Statistics compiled by the Government of India from the reports of provincial Civil Veterinary Departments
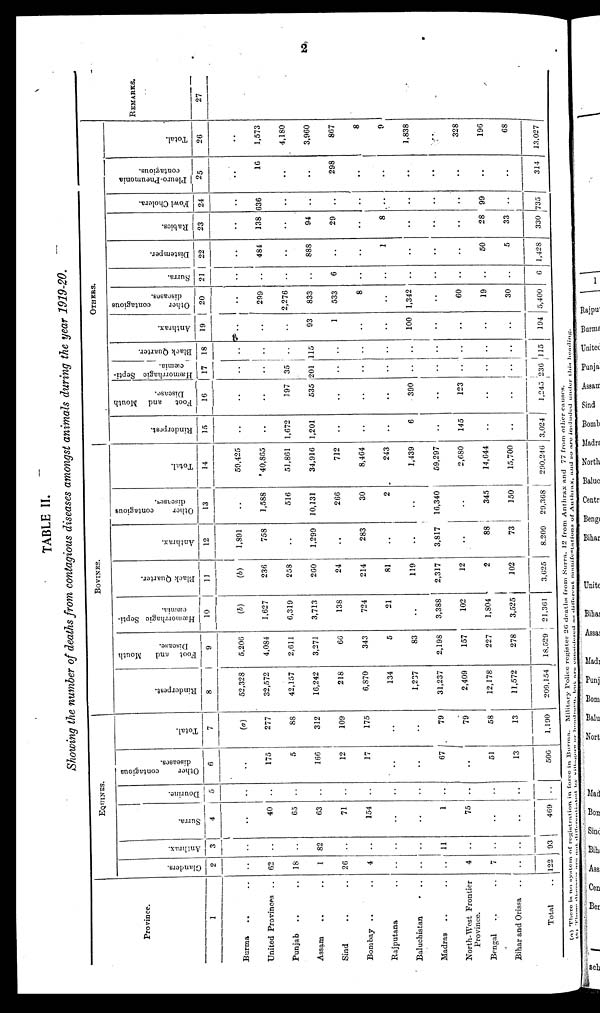
2
TABLE II.
Showing
the number
of deaths from
contagious
diseases
amongst
animals
during
the year
1919-20.
Province.
1
Burma .. ..
United Provinces ..
Punjab .. ..
Assam
.. ..
Sind .. ..
Bombay .. ..
Rajputana ..
Baluchistan ..
Madras .. ..
North-West Frontier
Province.
Bengal .. ..
Bihar and Orissa ..
Total ..
Glanders.
2
..
62
18
1
26
4
..
..
..
4
7
..
122
Anthrax.
3
..
..
..
82
..
..
..
..
11
..
..
..
93
EQUINES.
Surra.
4
..
40
65
63
71
154
..
..
1
75
..
..
469
Dourine.
5
..
..
..
..
..
..
..
..
..
..
..
..
..
Other
contagious
diseases.
6
..
175
5
166
12
17
..
..
67
..
51
13
506
Total.
7
(a)
277
88
312
109
175
..
..
79
79
58
13
1,190
Rinderpest.
8
52,328
32,572
42,157
16,242
218
6,870
134
1,237
31,237
2,409
12,178
11,572
209,154
Foot
and
Mouth
Disease.
9
5,206
4,084
2,611
3,271
66
343
5
83
2,198
157
227
278
18,529
Hæmorrhagic Septi-
cæmia.
10
(b)
1,627
6,319
3,713
138
724
21
..
3,388
102
1,804
3,525
21,361
BOVINES.
Black Quarter.
11
(b)
236
258
260
24
214
81
119
2,317
12
2
102
3,625
Anthrax.
12
1,891
758
..
1,299
..
283
..
..
3,817
..
88
73
8,209
Other
contagious
diseases.
13
..
1,588
516
10,131
266
30
2
..
16,340
..
345
150
29,368
Total.
14
59,425
40,865
51,861
34,916
712
8,464
243
1,439
59,297
2,680
14,644
15,700
290,246
Rinderpest.
15
..
..
1,672
1,201
..
..
..
6
..
145
..
..
3,024
Foot
and Mouth
Disease.
16
..
..
197
535
..
..
..
390
..
123
..
..
1,245
Hæmorrhagic Septi-
cæmia.
17
..
..
35
201
..
..
..
..
..
..
..
..
236
Black Quarter.
18
..
..
115
..
..
..
..
..
..
..
15
Anthrax.
19
..
..
..
93
1
..
..
100
..
..
..
..
194
OTHERS.
Other
contagious
diseases.
20
..
299
2,276
833
533
8
..
1,342
..
60
19
30
5,400
Surra.
21
..
..
..
..
6
..
..
..
..
..
..
..
6
Distemper.
22
..
484
..
888
..
..
1
..
..
..
50
5
1,428
Rabies.
23
..
138
..
94
29
..
8
..
..
..
28
33
330
Fowl Cholera.
24
..
636
..
..
..
..
..
..
..
..
99
..
35
Pleuro-Pneumonia
contagious.
25
..
16
..
..
298
..
..
..
..
..
..
..
314
Total.
26
..
1,573
4,180
3,960
867
8
9
1,838
..
328
196
68
13,027
REMARKS.
27
(a) There is no system of registration in force in Burma. Military Police register 26 deaths from Surra. 12 from Anthrax and 77 from other causes.
(b) These diagram are not differentiated by villages or headmen, but are considered an different manifestations of Authrax, and so are included under this heading.